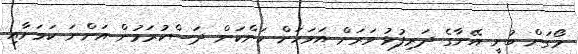
މޯގަން ބުނީ އޭނާގެ ދަރިފުޅު ވަރަށް އަވަހަށް ކަންކަން ދަސްކުރަމުން އަންނަ ކަމަށާއި